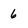
Character: 6